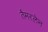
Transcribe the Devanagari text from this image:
तैमरलेन